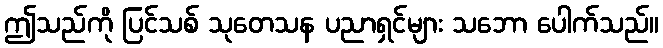
ဤသည်ကို ပြင်သစ် သုတေသန ပညာရှင်များ သဘော ပေါက်သည်။